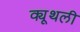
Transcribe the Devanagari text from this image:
क्यूथली